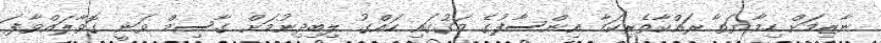
ނާޒިމަށް ހިމާޔަތާ ރައްކާތެެރިކަމާ އިންސާފުގެ މަގުގައި ހައްގު ލިބިދިނުމަށް ގާސިމް ވަނީ ގޮވާލައްވާފަ